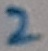
Text: 2